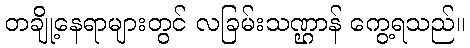
တချို့နေရာများတွင် လခြမ်းသဏ္ဌာန် ကွေ့ရသည်။